Report on sanitation, dispensaries, and jails in Rajputana for 1916, and on vaccination for the year 1916-1917 - 1916-1917
Year: 1916
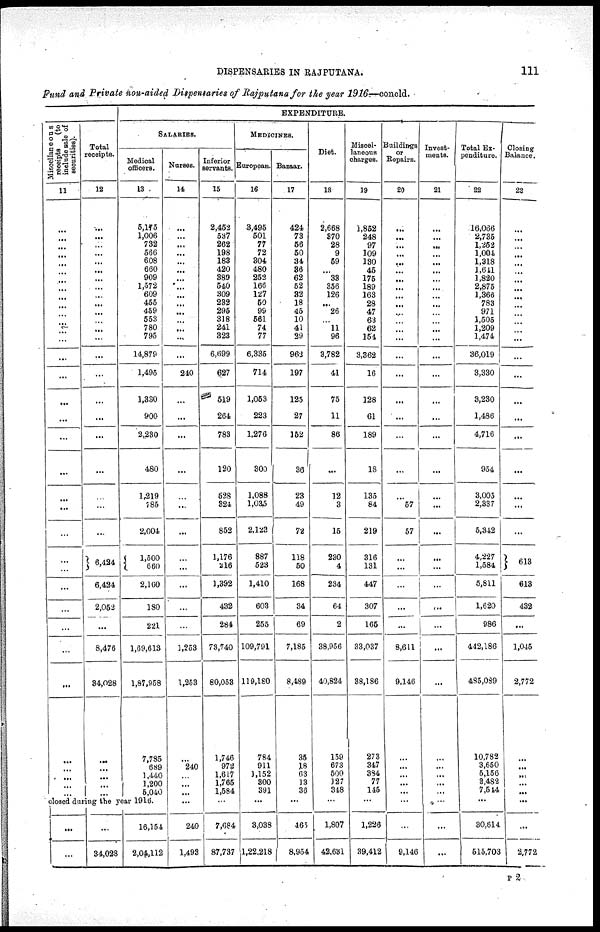
DISPENSARIES IN RAJPUTANA.
111
Fund and Private non-aided Dispensaries of Rajputana for the year 1916—concld.
Miscellaneous
receipts
(to
include sale of
securities).
11
...
...
...
...
...
...
...
...
...
...
...
...
...
...
...
...
...
...
...
...
...
......
...
...
...
...
...
...
...
...
...
...
...
...
...
Total
receipts.
12
...
...
...
...
...
...
...
...
...
...
...
...
...
...
...
...
...
...
...
...
...
...
...
6,424
6,424
2,052
...
8,476
34,028
...
...
...
...
...
EXPENDITURE.
SALARIES.
Medical
officers.
13
5,175
1,006
732
566
608
660
909
1,572
609
455
459
553
780
795
14,879
1,495
1,330
900
2,230
480
1,219
785
2,004
1,500
660
2,160
180
221
1,69,613
1,87,958
7,795
689
1,440
1,200
5,040
closed during the year 1916.
...
...
...
34,028
16,154
2,04,112
Nurses.
14
...
...
...
...
...
...
...
...
...
...
...
...
...
...
...
240
...
...
...
...
...
...
...
...
...
...
...
...
1,253
1,253
...
240
...
...
...
...
240
1,493
Inferior
servants.
15
2,452
537
262
198
183
420
389
540
309
232
295
318
241
323
6,699
627
519
264
783
120
528
324
852
1,176
216
1,392
432
284
73,740
80,053
1,746
972
1,617
1,765
1,584
...
7,684
87,737
MEDICINES.
European.
16
3,495
501
77
72
304
480
252
166
127
50
99
561
74
77
6,335
714
1,053
223
1,276
300
1,088
1,035
2,123
887
523
1,410
603
255
109,791
119,180
784
911
1,152
300
391
...
3,038
1,22,218
Bazaar.
17
424
73
56
50
34
36
62
52
32
18
45
10
41
29
962
197
125
27
152
30
23
49
72
118
50
168
34
69
7,185
8,489
35
18
63
13
36
...
465
8,954
Diet.
18
2,668
370
28
9
59
...
383
356
126
...
26
...
11
96
3,782
41
75
11
86
...
12
3
15
230
4
234
64
2
38,956
40,824
159
673
500
127
348
...
1,807
42,631
Miscel-
laneous
charges.
19
1,852
248
97
109
130
45
175
189
163
28
47
63
62
154
3,362
16
128
61
189
18
135
84
219
316
131
447
307
165
33,037
38,186
273
347
384
77
115
...
1,226
39,412
Buildings
or
Repairs.
20
...
...
...
...
...
...
...
...
...
...
...
...
...
...
...
...
...
...
...
...
...
57
57
...
...
...
...
...
8,611
9,146
...
...
...
...
...
...
...
9,146
Invest-
ments.
21
...
...
...
...
...
...
...
...
...
...
...
...
...
...
...
...
...
...
...
...
...
...
...
...
...
...
...
...
...
...
...
...
...
...
...
...
...
...
Total Ex-
penditure.
22
16,066
2,735
1,252
1,004
1,318
1,641
1,820
2,875
1,366
783
971
1,505
1,209
1,474
36,019
3,330
3,230
1,486
4,716
954
3,005
2,337
5,342
4,227
1,584
5,811
1,620
986
442,186
485,039
10,782
3,650
6,156
3,482
7,544
...
30,614
515,703
Closing
Balance.
23
...
...
...
...
...
...
...
...
...
...
...
...
...
...
...
...
...
...
...
...
...
...
...
613
613
432
...
1,045
2,772
...
...
...
...
...
...
...
2,772
P 2